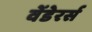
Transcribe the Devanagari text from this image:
वेंडेरर्स